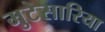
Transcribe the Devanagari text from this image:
मुटेसारिया